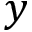
y